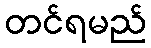
တင်ရမည်